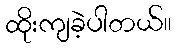
ထိုးကျခဲ့ပါတယ်။